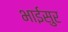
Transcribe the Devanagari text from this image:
भाईसुर